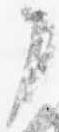
了